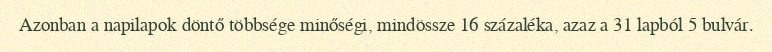
Azonban a napilapok döntő többsége minőségi, mindössze 16 százaléka, azaz a 31 lapból 5 bulvár.